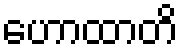
ဟောထာတိ